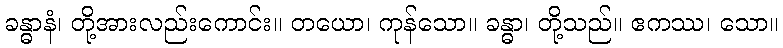
ခန္ဓာနံ၊ တို့အားလည်းကောင်း။ တယော၊ ကုန်သော။ ခန္ဓာ၊ တို့သည်။ ဧကဿ၊ သော။